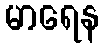
မာရေန